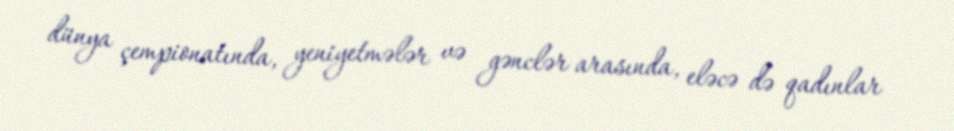
dünya çempionatında, yeniyetmələr və gənclər arasında, eləcə də qadınlar